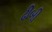
ઢીબી